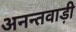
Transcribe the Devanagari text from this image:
अनन्तवाड़ी